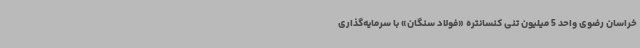
خراسان رضوی واحد 5 میلیون تنی کنسانتره «فولاد سنگان» با سرمایه‌گذاری